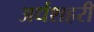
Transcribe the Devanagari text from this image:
अर्धशहरी